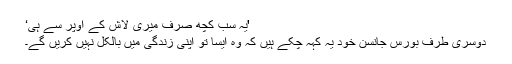
'یہ سب کچھ صرف میری لاش کے اوپر سے ہی‘
دوسری طرف بورس جانسن خود یہ کہہ چکے ہیں کہ وہ ایسا تو اپنی زندگی میں بالکل نہیں کریں گے۔